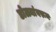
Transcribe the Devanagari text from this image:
डोळ्यांवरून